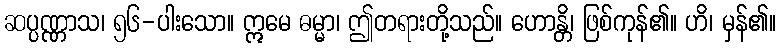
ဆပ္ပဏ္ဏာသ၊ ၅၆-ပါးသော။ ဣမေ ဓမ္မာ၊ ဤတရားတို့သည်။ ဟောန္တိ၊ ဖြစ်ကုန်၏။ ဟိ၊ မှန်၏။